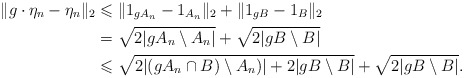
\begin{align*}\|g\cdot\eta_n-\eta_n\|_2&\leqslant \|1_{gA_n}-1_{A_n}\|_2+\|1_{gB}-1_B\|_2\\&=\sqrt{2|gA_n\setminus A_n|}+\sqrt{2|gB\setminus B|}\\&\leqslant\sqrt{2|(gA_n\cap B)\setminus A_n)|+2|gB\setminus B|}+\sqrt{2|gB\setminus B|}.\end{align*}